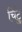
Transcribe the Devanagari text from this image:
चिंटु